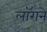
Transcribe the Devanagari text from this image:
लॉराने